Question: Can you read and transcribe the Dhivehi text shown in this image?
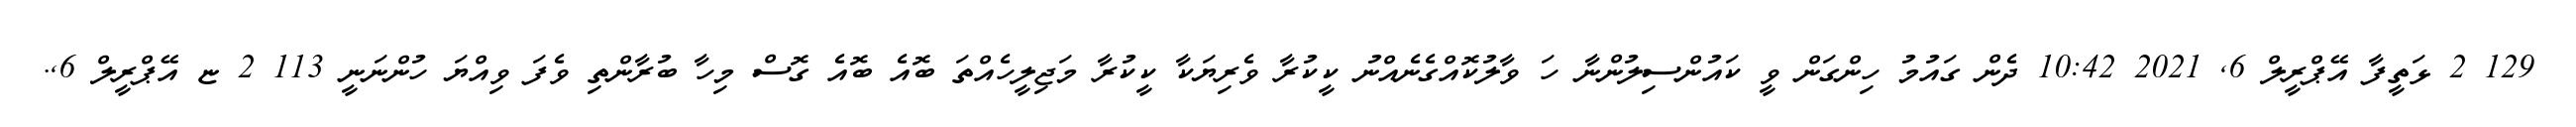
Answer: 129 2 ޅަތީފާ އޭޕްރީލް 6, 2021 10:42 ދެން ގައުމު ހިންގަން ވީ ކައުންސިލުންނާ ހަ ވާލުކޮއްގެނެއްނު ކީކުރާ ވެރިޔަކާ ކީކުރާ މަޖިލީހެއްތަ ބޮއެ ބޮއެ ގޮސް މިހާ ބުރާންތި ވެފަ ވިއްޔަ ހުންނަނީ 113 2 ޏ އޭޕްރީލް 6,.